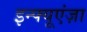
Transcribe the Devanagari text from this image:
इन्फ्यूएंज़ा